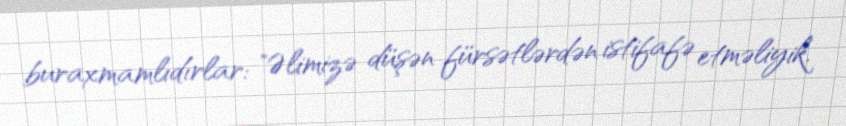
buraxmamlıdırlar: "Əlimizə düşən fürsətlərdən istifafə etməliyik.